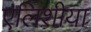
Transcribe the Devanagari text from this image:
एलिशीया